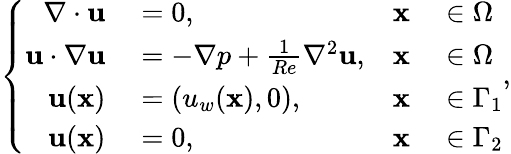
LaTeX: \left\{ \begin{array}{rlrl}{\nabla\cdot{\mathbf{u}}}&{{}=0,}&{\mathbf{x}}&{{}\in\Omega}\\ {{\mathbf{u}}\cdot\nabla{\mathbf{u}}}&{{}=-\nabla p+\frac{1}{Re}{\nabla^{2}}{\mathbf{u}},}&{\mathbf{x}}&{{}\in\Omega}\\ {\mathbf{u}(\mathbf{x})}&{{}=(u_{w}(\mathbf{x}),0),}&{\mathbf{x}}&{{}\in\Gamma_{1}}\\ {\mathbf{u}(\mathbf{x})}&{{}=0,}&{\mathbf{x}}&{{}\in\Gamma_{2}}\end{array}\right.,